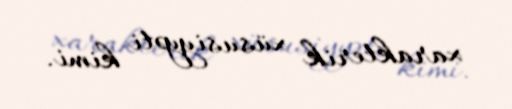
xarakterik xüsusiyyəti kimi.